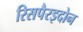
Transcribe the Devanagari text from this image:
रिसपैरइदोन